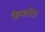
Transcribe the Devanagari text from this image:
कैनतोरा